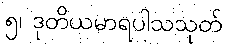
၅၊ ဒုတိယမာရပါသသုတ်